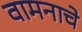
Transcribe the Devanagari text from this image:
वामनाचे